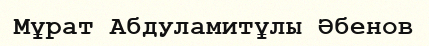
Мұрат Абдуламитұлы Әбенов